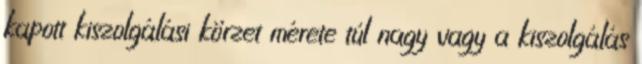
kapott kiszolgálási körzet mérete túl nagy vagy a kiszolgálás